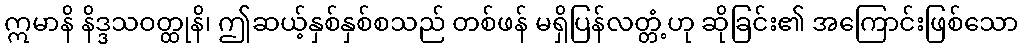
ဣမာနိ နိဒ္ဒသဝတ္ထုနိ၊ ဤဆယ့်နှစ်နှစ်စသည် တစ်ဖန် မရှိပြန်လတ္တံ့ဟု ဆိုခြင်း၏ အကြောင်းဖြစ်သော